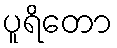
ပူရိတော